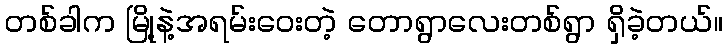
တစ်ခါက မြို့နဲ့အရမ်းဝေးတဲ့ တောရွာလေးတစ်ရွာ ရှိခဲ့တယ်။